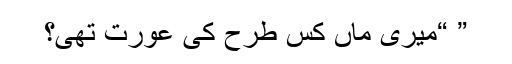
” “میری ماں کس طرح کی عورت تھی؟